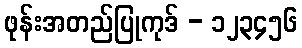
ဖုန်းအတည်ပြုကုဒ် - ၁၂၃၄၅၆